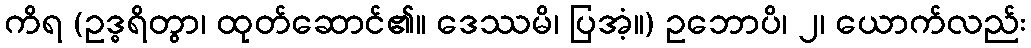
ကိရ (ဥဒ္ဓရိတွာ၊ ထုတ်ဆောင်၏။ ဒေဿမိ၊ ပြအံ့။) ဥဘောပိ၊ ၂၊ ယောက်လည်း